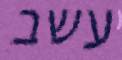
עשב